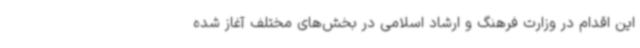
این اقدام در وزارت فرهنگ و ارشاد اسلامی در بخش‌های مختلف آغاز شده